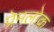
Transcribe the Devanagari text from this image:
प्रेमलोक